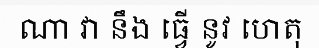
ណា វា នឹង ធ្វើ នូវ ហេតុ